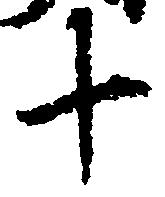
十